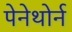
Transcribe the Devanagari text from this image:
पेनेथोर्न